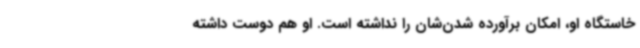
خاستگاه او، امکان برآورده شدن‌شان را نداشته است. او هم دوست داشته